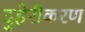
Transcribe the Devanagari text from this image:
दुहेरीकरण